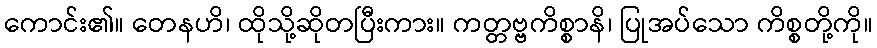
ကောင်း၏။ တေနဟိ၊ ထိုသို့ဆိုတပြီးကား။ ကတ္တဗ္ဗကိစ္စာနိ၊ ပြုအပ်သော ကိစ္စတို့ကို။